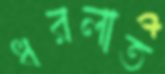
ধরলাত